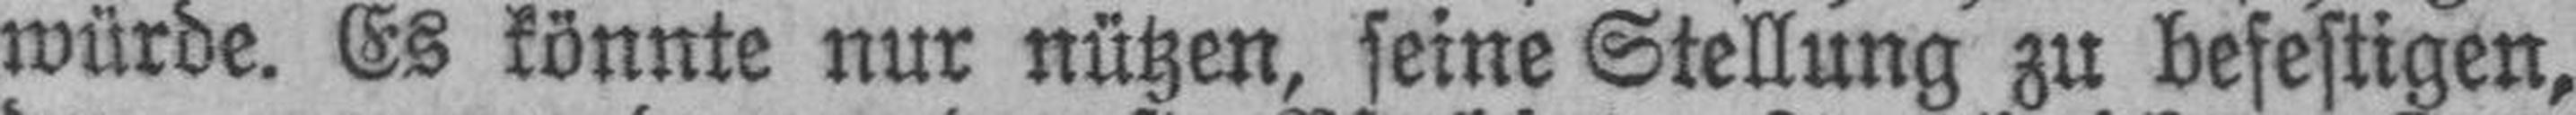
würde. Es könnte nur nützen, seine Stellung zu befestigen,